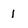
Character: 1